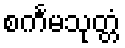
စင်္ကမသုတ္တံ